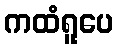
ကထံရူပေ